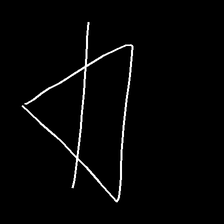
Glyph: empower